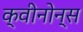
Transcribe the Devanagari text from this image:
क्वीनोन्स